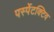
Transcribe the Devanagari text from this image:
पर्स्पेटक्टिव